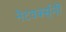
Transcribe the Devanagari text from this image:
नेटवर्क्स्‌नी